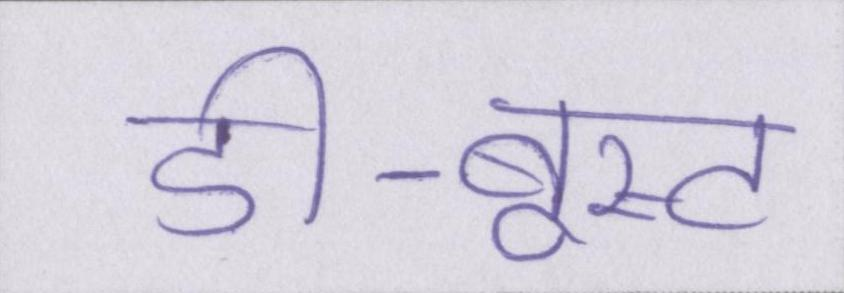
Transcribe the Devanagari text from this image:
डी-बूस्ट